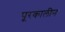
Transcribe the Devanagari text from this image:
पूरकालीन